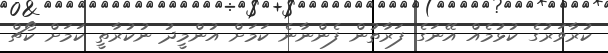
ކުރާވަރުގެ ކުޅުމެއް އޭނަގެ ފަރާތުން ފެންނާނެ ކަމަށް އުންމީދު ނުކުރާތީ ކަމަށް ކޯޗް